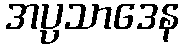
အပ္ပသာဒေန